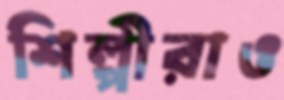
শিল্পীরাও